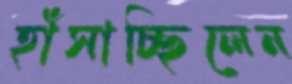
হাঁসাচ্ছিলেন